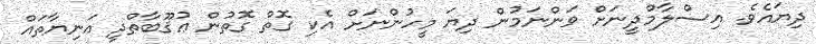
ދިޔައެވެ. އިސްލާމްދީނަށް ވަންނަމުން ދިޔަ މީހުންނަށް އެކި ގޮތް ގޮތުން ޢުޤޫބާތްދީ އަނިޔާތައް